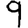
Digit: 9